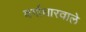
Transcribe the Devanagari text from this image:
वर्गाधारवाले